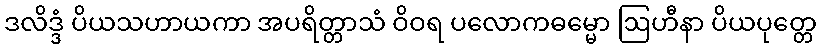
ဒလိဒ္ဒံ ပိယသဟာယကာ အပရိတ္တာသံ ဝိဝရ ပလောကဓမ္မော ဩဟီနာ ပိယပုတ္တေ